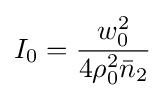
I_{0}={w_{0}^{2} \over 4\rho _{0}^{2}{\bar {n}}_{2}}